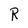
Character: R